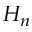
H _ { n }